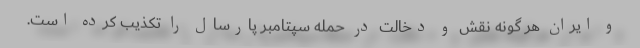
و ایران هر گونه نقش و دخالت در حمله سپتامبر پارسال را تکذیب کرده است.